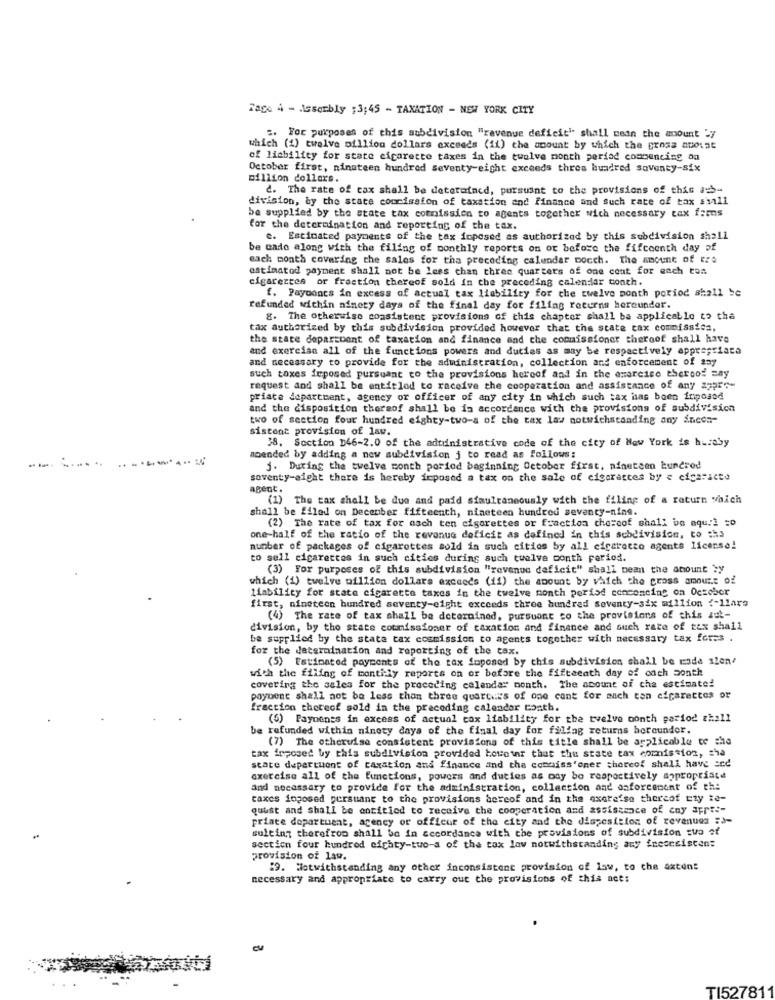
Tage 4 - sserbly ; 3;45 - TAXATION - NEW YORK CITY
:. For purposes of this subdivision "ravenue deficit" shall nein the amount "y
which (1) twelve billion dollars exceeds (ii) the amount by which the gross anosat
of liability for state cigarette taxes in the twelve month period commenting on
October first, nineteen hundred seventy-eight exceeds thres hundred Soventy-six
billion dollars.
d. The rate of cax shall be deterafacd, pursuant to the provisions of this aus-
division, by the state coorission of taxation and finance and Such rate of tax small
be supplied by the state tax commission to agents together wich necessary tax f:ms
for the determination and reporting of the tax.
e. Estimated payments of the tax imposed as authorized by this subdivision shall
be cado along with the filing of monthly reports on or before the fifcoenth day of
each month covering the sales for the preceding calendar pocch. The amount of ere
estimatod payment shall not be lees chan three quarters of one cout for each ton
cigarettes or fraction thereof sold in the preceding calendar conth.
f. Payoones in excess of actual tax liability for the twelve month period shall be
refunded within ninety days of the final day for filing returns hereunder.
8. The otherwise consistent provisions of this chapter shall ba applicable to the
tax authorized by this subdivision provided however that the state tax commission,
the state department of taxation and finance and the commissioner theroof shall have
and exercise all of the functions powers and duties as may be respectively appre;riaca
and necessary to provide for the administration, collection and enforcement of any
such taxes imposed pursuant to the provisions hereof and in the exercise theroof say
request and shall be entitled to receive the cooperation and assistance of any appre-
priate department, agency or officer of any city in which such :ax has been imposed
and the disposition thereof shall be in accordance with the provisions of subdivision
two of section four hundred eighty-two-a of the tax law notwichstanding any incen-
sistent provision of law.
$8. Section D46-2.0 of the adtudnistrative code of the city of New York is hereby
---. -... ..
amended by adding a new subdivision j to read as follows:
j. During the twelve month period beginning October first, nineteen hundred
soventy-eight there is hereby irposed a tax on the sale of cigarettes by e cicaricto
agent.
(1) The tax shall be due and paid simultaneously with the filing of a return which
shall be filed on December fifteenth, nineteen hundred seventy-nine.
(2) The rate of tax for asch ten cigarettes or fraction che:cof shall be equal =o
one-half of the ratio of the revenue deficit as defined in this subdivision, to :h3
number of packages of cigarettes sold in such cities by all cigarette agents license!
to sell cigarettes in such cities during such twelve conth period.
(3) For purposes of this subdivision "revenue deficit" shall bean the amount sy
which (1) twelve million dollars exceeds (11) the amount by which the cross amount of
Liability for state cigarette taxes in the twelve month period conconcine on October
first, nineteen hundred seventy-eight exceeds three hundred Seventy-six million ?- 1lars
(4) The rate of tax shall be determined, pursuant to the provisions of this aut-
division, by the state commissioner of taxation and finance and such rate of tex shall
be supplied by the state tax cosmission to agents together with necessary tax for.s .
for the determination and reporting of the tax.
(5) Estimated payments of the tax foposed by this subdivision shall be made slon?
with the filing of monthly reports on or before the fifteenth day of odch month
covering the sales for the preceding calendar month. The amount of cha estimated
payment shall not be less than three quarters of one cant for auch ton cigarettes or
fraction thereof sold in the preceding calendar conth.
(5) Payments in excess of actual cax liability for the twelve month period thall
be refunded within ninety days of the final day for filing returns horaunder.
(7) The otherwise consistent provisions of this title shall be applicable te the
tax inposed by this subdivision provided kowotar that the state tax commission, sha
state department of taxation and finance and the commiss'oner choreof shall have and
exercise all of the functions, powers and duties as ody bo respectively appropriate
and necessary to provide for the administration, collection and anforcement of th:
taxes fogosed persuant to the provisions aereof and in the axereise thereof tty te-
quust and shall be entitled to receive the cooperation and assistance of coy apres-
priate dopartuent, agency or offfcur of the city and the disposition of revenues :-
sulting therefroo shall be in accordance with the provisions of subdivision tuo of
section four hundred eighty-two-a of the tax law notwithstanding ary frecesisten:
provision of law.
59. Notwithstanding any other inconsistent provision of law, to che axtent
necessary and appropriate to carry out the provisions of this act:
TI527811